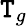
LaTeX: \mathtt{T}_{g}